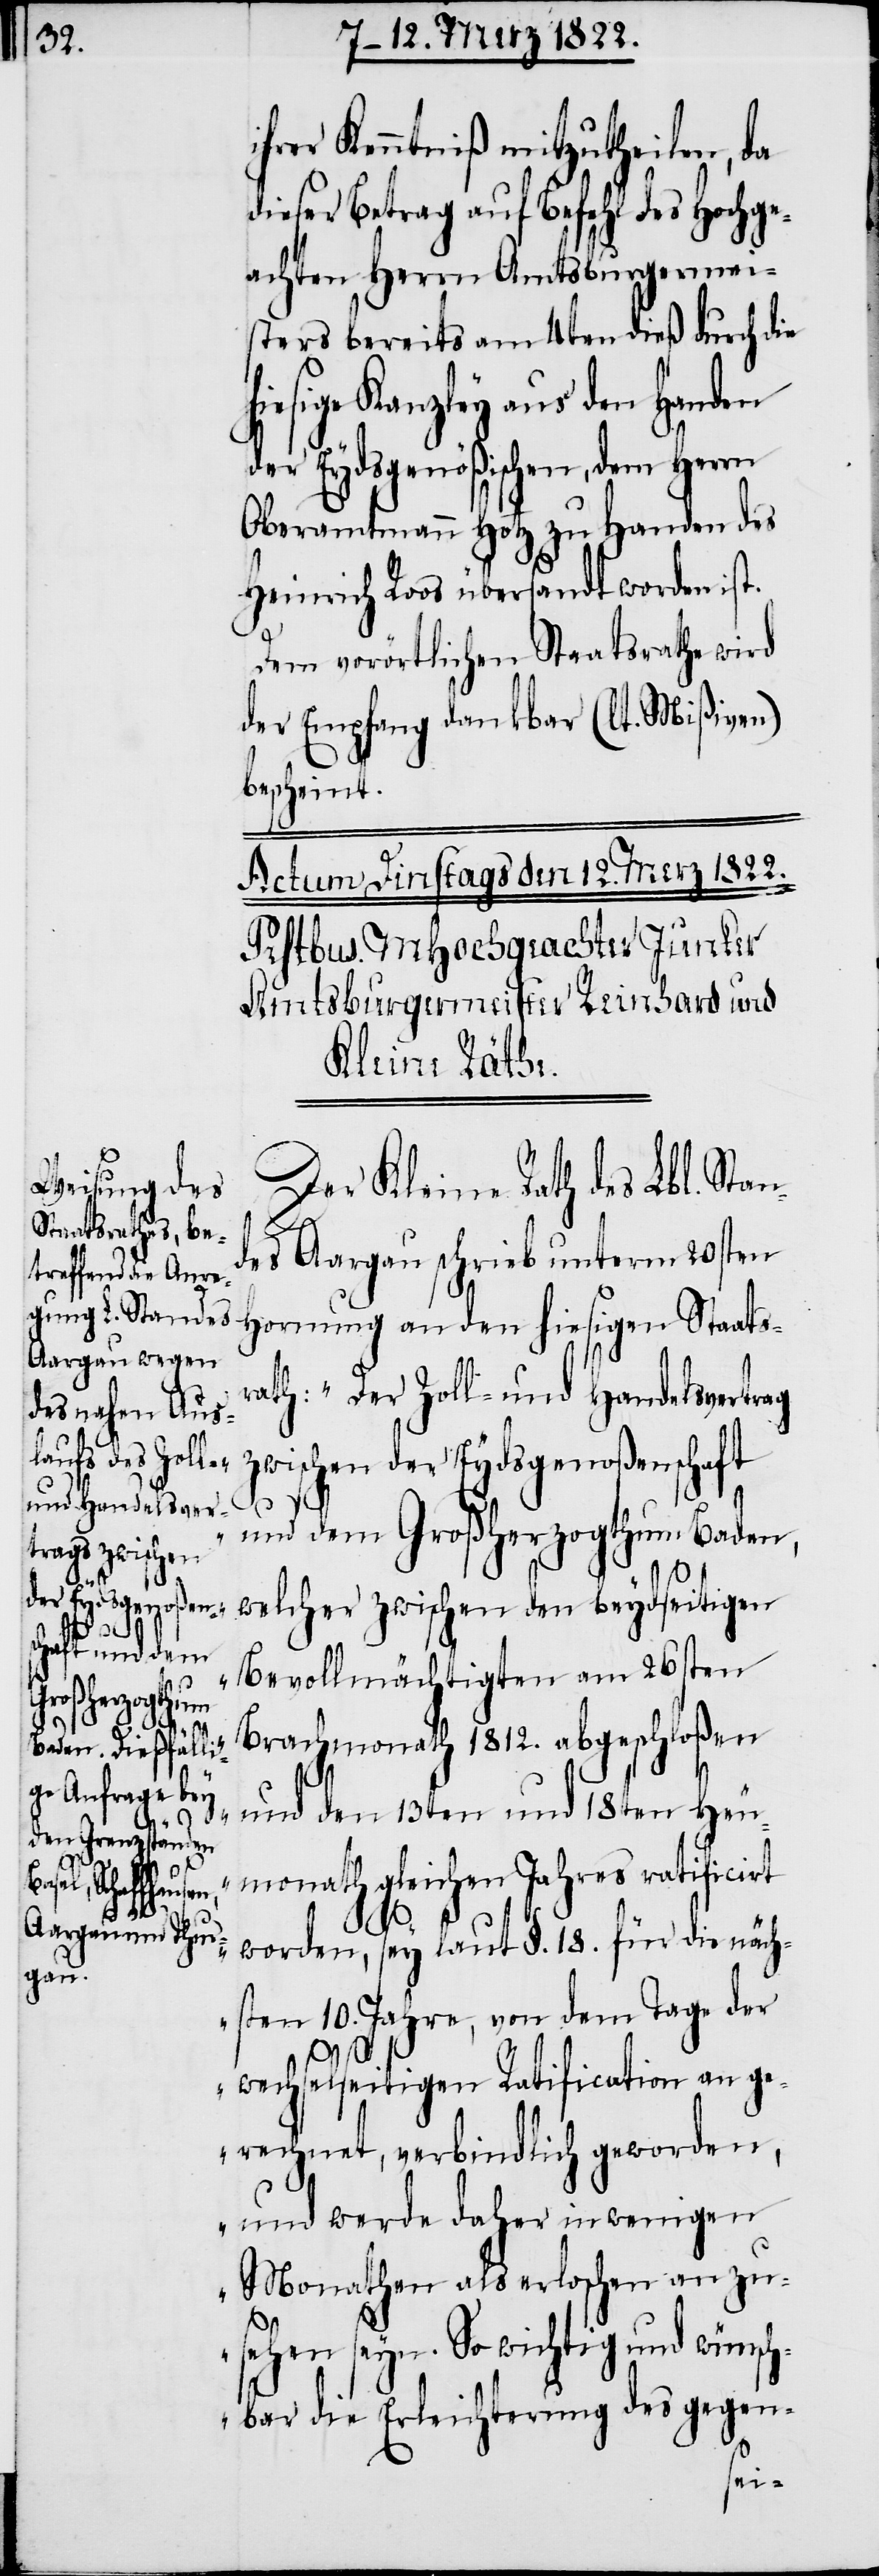
dem
der
Jahre, von

ihrer Kenntniß mitzutheilen, da
dieser Betrag auf Befehl des Hochge¬
achten Herrn Amtsburgermei¬
sters bereits am 4ten dieß durch die
hiesige Kanzley aus den Handen
der Eydsgenößschen, dem Herrn
Oberamtmann Hotz zu Handen des
Heinrich Roos übersandt worden ist.
Dem vorörtlichen Staatsrathe wird
der Empfang dankbar (lt. Mißiven)
bescheint.
Der Kleine Rath des Lbl. Stan¬
des Aargau schrieb unterm 20sten
Hornung an den hiesigen Staats¬
rath: „Der Zoll- und Handelsvertrag
zwischen der Eydsgenoßenschaft
sten 10.
und dem Großherzogthum Baden,
welcher zwischen den beydseitigen
Bevollmächtigten am 26sten
Brachmonath 1812. abgeschloßen
und den 13ten und 18ten Heu¬
monath gleichen Jahres ratificirt
worden, sey laut §. 18. für die näch¬
wechselseitigen Ratification an ge¬
rechnet, verbindlich geworden,
und werde daher in wenigen
Monathen als erloschen an zu¬
sehen seyn. So wichtig und wünsch¬
bar die Erleichterung des gegen-